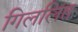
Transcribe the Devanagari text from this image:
गिललित